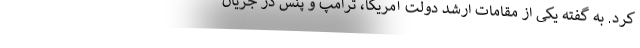
کرد. به گفته یکی از مقامات ارشد دولت آمریکا، ترامپ و پنس در جریان